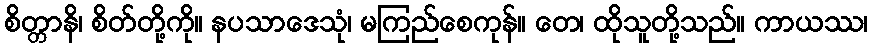
စိတ္တာနိ၊ စိတ်တို့ကို။ နပသာဒေသုံ၊ မကြည်စေကုန်။ တေ၊ ထိုသူတို့သည်။ ကာယဿ၊